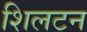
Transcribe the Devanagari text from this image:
शिलटन